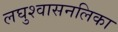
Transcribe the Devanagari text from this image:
लघुश्वासनलिका